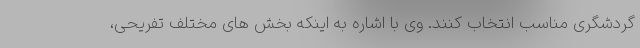
گردشگری مناسب انتخاب کنند. وی با اشاره به اینکه بخش های مختلف تفریحی،